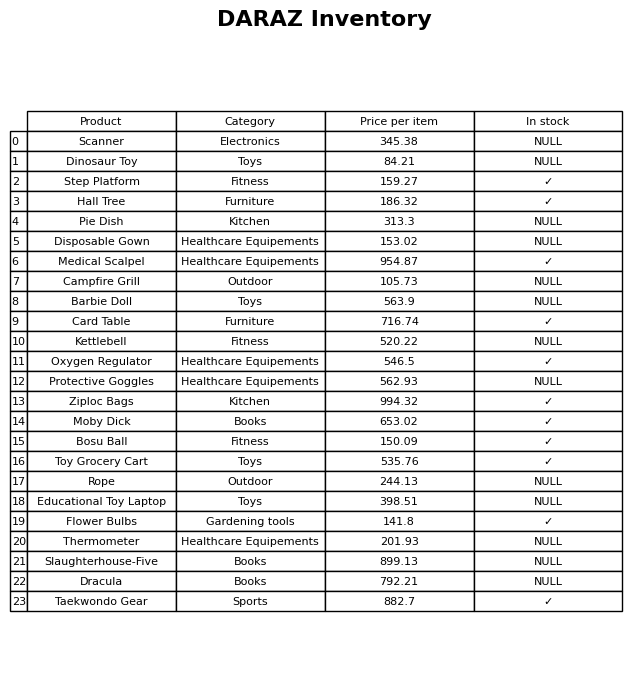
question: What is the stock status of the Taekwondo Gear?
answer: ✓